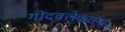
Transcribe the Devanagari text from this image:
गोंदवलेकरांना